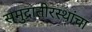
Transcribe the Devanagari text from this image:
समुद्रातीरस्थांचा